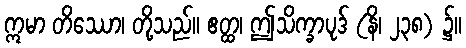
ဣမာ တိဿော၊ တို့သည်။ ဧတ္ထ၊ ဤသိက္ခာပုဒ် (နိ၊ ၂၃၈) ၌။